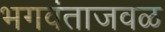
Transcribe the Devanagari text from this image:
भगवंताजवळ